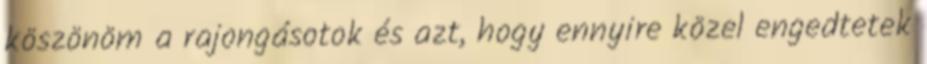
köszönöm a rajongásotok és azt, hogy ennyire közel engedtetek